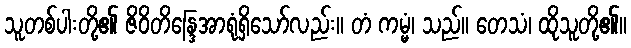
သူတစ်ပါးတို့၏ ဇိဝိတိန္ဒြေအာရုံရှိသော်လည်း။ တံ ကမ္မံ၊ သည်။ တေသံ၊ ထိုသူတို့၏။